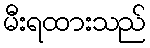
မီးရထားသည်